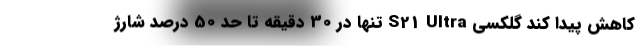
کاهش پیدا کند گلکسی S21 Ultra تنها در 30 دقیقه تا حد 50 درصد شارژ